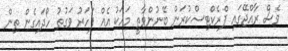
ވެސް ރާއްޖޭގައި ޕްރެކްޓިސްކުރަން ބޭނުންވާތީ މަހަކު އެއް ފަހަރު ވަގުތު ހޯދައިގެން ތިން